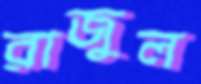
রাজুল